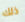
ذلك